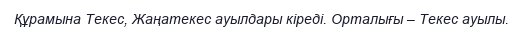
Құрамына Текес, Жаңатекес ауылдары кіреді. Орталығы – Текес ауылы.